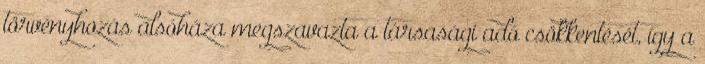
törvényhozás alsóháza megszavazta a társasági adó csökkentését, így a